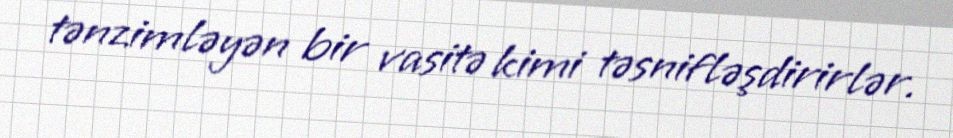
tənzimləyən bir vasitə kimi təsnifləşdirirlər.